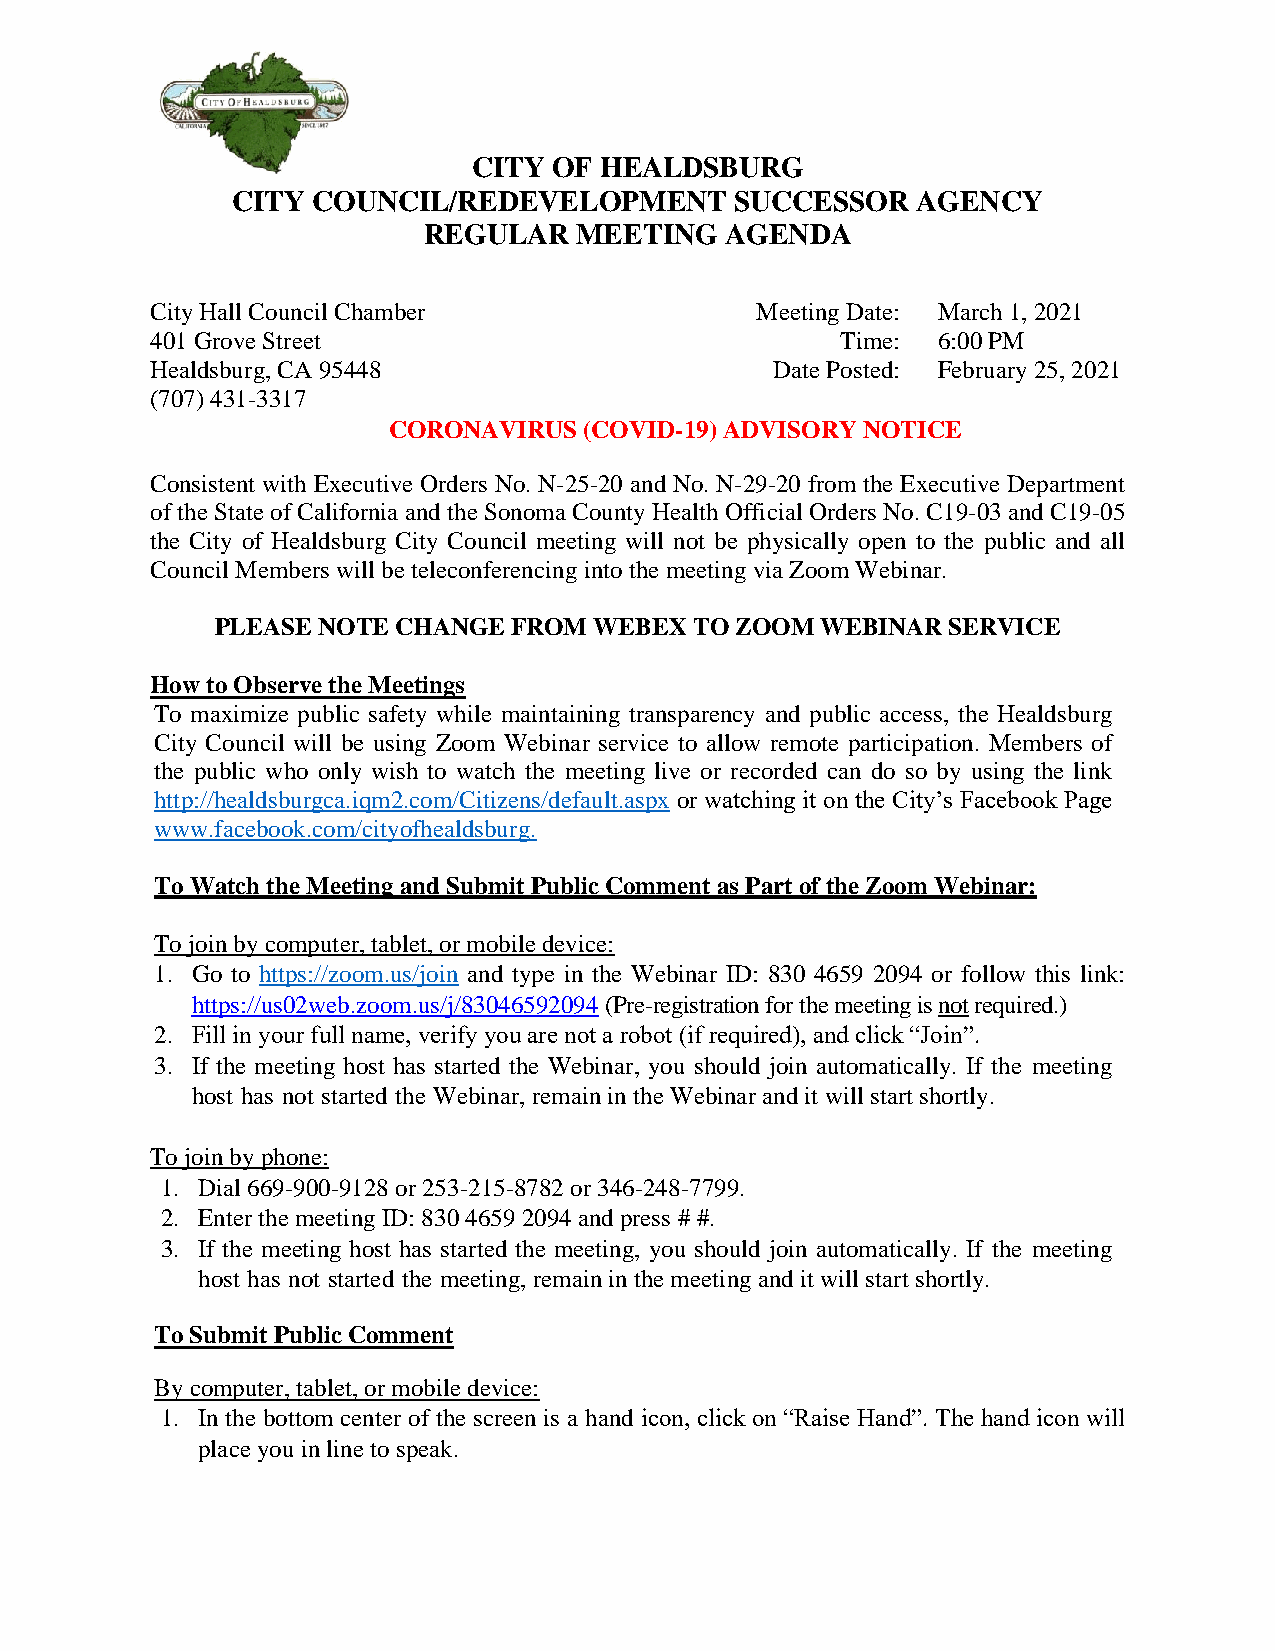
CITY  OF HEALDSBURG
 CITY  COUNCIL/REDEVELOPMENT       SUCCESSOR   AGENCY
 REGULAR   MEETING   AGENDA
 City Hall Council Chamber               Meeting Date: March 1, 2021
 401 Grove Street                              Time: 6:00 PM
 Healdsburg, CA 95448                     Date Posted: February 25, 2021
 (707) 431-3317
 .               CORONAVIRUS  (COVID-19) ADVISORY NOTICE
 Consistent with Executive Orders No. N-25-20 and No. N-29-20 from the Executive Department
 of the State of California and the Sonoma County Health Official Orders No. C19-03 and C19-05
 the City of Healdsburg City Council meeting will not be physically open to the public and all
 Council Members will be teleconferencing into the meeting via Zoom Webinar.
 PLEASE NOTE CHANGE  FROM WEBEX  TO ZOOM WEBINAR  SERVICE
 How to Observe the Meetings
 To maximize public safety while maintaining transparency and public access, the Healdsburg
 City Council will be using Zoom Webinar service to allow remote participation. Members of
 the public who only wish to watch the meeting live or recorded can do so by using the link
 http://healdsburgca.iqm2.com/Citizens/default.aspx or watching it on the City’s Facebook Page
 www.facebook.com/cityofhealdsburg.
 To Watch the Meeting and Submit Public Comment as Part of the Zoom Webinar:
 To join by computer, tablet, or mobile device:
 1. Go to https://zoom.us/join and type in the Webinar ID: 830 4659 2094 or follow this link:
 https://us02web.zoom.us/j/83046592094 (Pre-registration for the meeting is not required.)
 2. Fill in your full name, verify you are not a robot (if required), and click “Join”.
 3. If the meeting host has started the Webinar, you should join automatically. If the meeting
 host has not started the Webinar, remain in the Webinar and it will start shortly.
 To join by phone:
 1. Dial 669-900-9128 or 253-215-8782 or 346-248-7799.
 2. Enter the meeting ID: 830 4659 2094 and press # #.
 3. If the meeting host has started the meeting, you should join automatically. If the meeting
 host has not started the meeting, remain in the meeting and it will start shortly.
 To Submit Public Comment
 By computer, tablet, or mobile device:
 1. In the bottom center of the screen is a hand icon, click on “Raise Hand”. The hand icon will
 place you in line to speak.